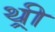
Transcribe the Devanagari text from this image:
थ़्री